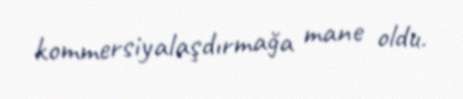
kommersiyalaşdırmağa mane oldu.